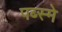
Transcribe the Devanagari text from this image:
पब्स्मे